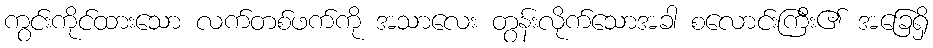
ကွင်းကိုင်ထားသော လက်တစ်ဖက်ကို အသာလေး တွန်းလိုက်သောအခါ စလောင်းကြီး၏ အခြေရှိ